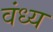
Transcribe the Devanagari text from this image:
वंध्य